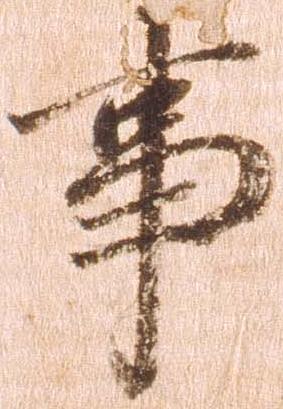
事